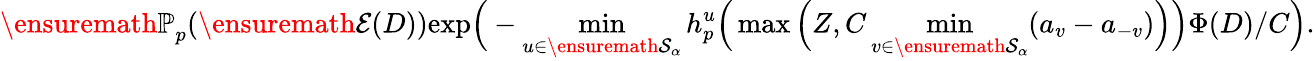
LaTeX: {\ensuremath{\mathbb P}}_{p}(\ensuremath{\mathcal E}(D))\le\exp\Big(-\operatorname*{min}_{u\in\ensuremath{\mathcal S}_{\alpha}}h_{p}^{u}\Big(\operatorname*{max}\Big(Z,C\operatorname*{min}_{v\in\ensuremath{\mathcal S}_{\alpha}}(a_{v}-a_{-v})\Big)\Big)\Phi(D)/C\Big).